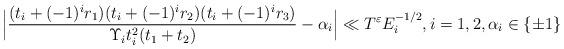
LaTeX: \begin{align*}\Bigl|\frac{(t_i + (-1)^i r_1)(t_i + (-1)^i r_2)(t_i + (-1)^i r_3)}{\Upsilon_i t_i^2(t_1+t_2)} - \alpha_i \Bigr| \ll T^{ \varepsilon} E_i^{-1/2}, i = 1, 2, \alpha_i \in \{\pm 1\}\end{align*}